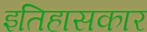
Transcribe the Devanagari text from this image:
इतिहासकार